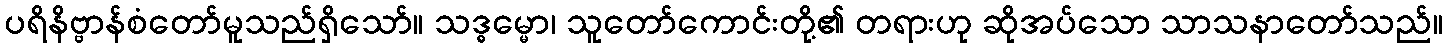
ပရိနိဗ္ဗာန်စံတော်မူသည်ရှိသော်။ သဒ္ဓမ္မော၊ သူတော်ကောင်းတို့၏ တရားဟု ဆိုအပ်သော သာသနာတော်သည်။